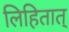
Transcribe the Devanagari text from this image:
लिहितात्